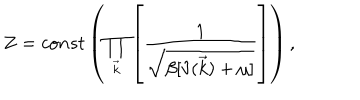
Z = c o n s t \left( \prod _ { \vec { k } } \left[ \frac { 1 } { \sqrt { \beta [ \hat { v } ( \vec { k } ) + \mu ] } } \right] \right) ,